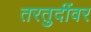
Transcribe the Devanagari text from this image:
तरतुदींवर